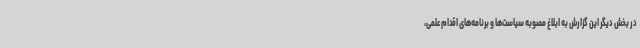
در بخش دیگر این گزارش به ابلاغ مصوبه سیاست‌ها و برنامه‌های اقدام علمی،